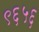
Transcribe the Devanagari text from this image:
९६५६